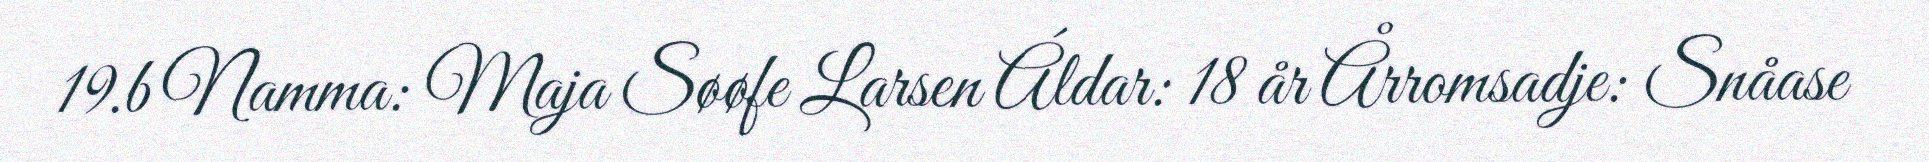
19.b Namma: Maja Søøfe Larsen Áldar: 18 år Årromsadje: Snåase